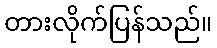
တားလိုက်ပြန်သည်။